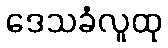
ဒေသခံလူထု